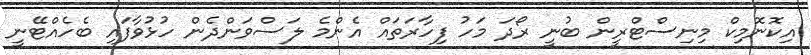
އިކޮނޮމިކް މިނިސްޓްރީން ބުނީ ރޯދަ މަހު ފިހާރަތައް އެންމެ ލަސްވަންދެން ހުޅުވާފައި ބެހެއްޓޭނީ